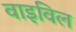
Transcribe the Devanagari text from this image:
वाइविल